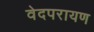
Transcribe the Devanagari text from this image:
वेदपरायण